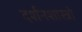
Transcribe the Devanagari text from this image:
दर्शनशास्त्रो